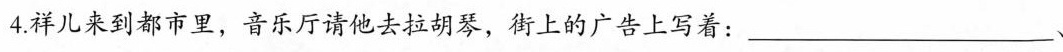
4.样儿来到都市里，音乐厅请他去拉胡琴，街上的广告上写着：___、